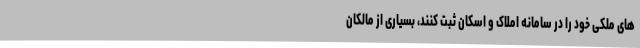
های ملکی خود را در سامانه املاک و اسکان ثبت کنند، بسیاری از مالکان